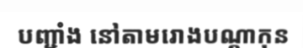
បញ្ជាំង នៅតាមរោងបណ្តាកុន